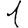
Digit: 1